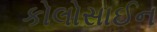
કોલોસાઈન